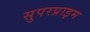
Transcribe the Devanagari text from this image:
सुपरप्राइम